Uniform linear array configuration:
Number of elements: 12
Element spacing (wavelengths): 1
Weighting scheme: uniform
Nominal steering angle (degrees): -30
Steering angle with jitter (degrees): -30.81
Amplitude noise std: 0.05
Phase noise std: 0.05

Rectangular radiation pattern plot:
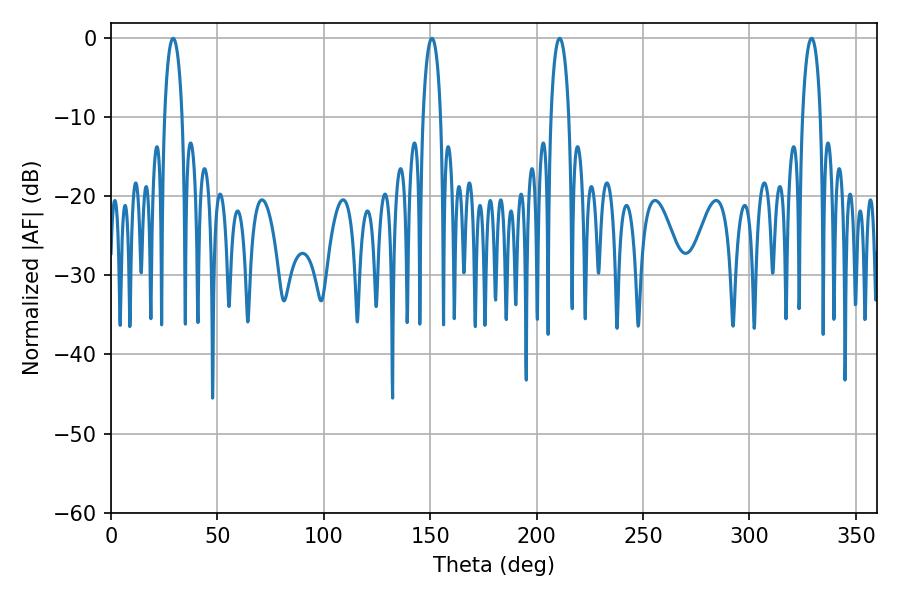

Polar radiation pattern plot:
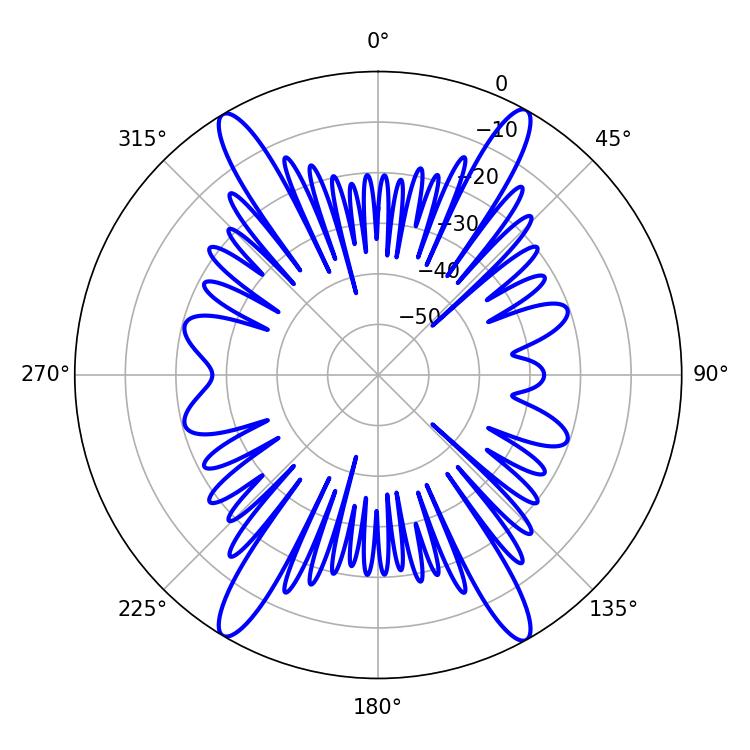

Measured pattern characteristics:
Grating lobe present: TRUE
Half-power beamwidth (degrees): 4.86
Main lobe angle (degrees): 210.78